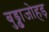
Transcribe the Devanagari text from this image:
बुड्ढाजोहड़